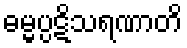
ဓမ္မပ္ပဋိသရဏာတိ